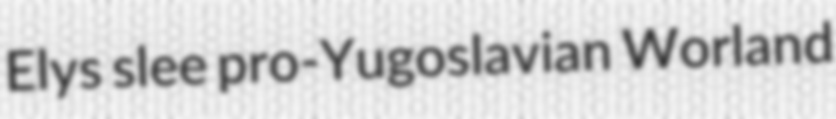
Elys slee pro-Yugoslavian Worland